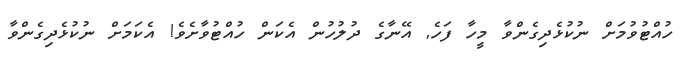
ހުއްޓުވުމަށް ނުކުޅެދިގެންވާ މީހާ ފަހެ